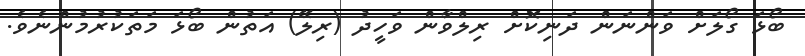
ބޯޅަ ގޯލަށް ވަންނަން ދަނިކޮށް ރިލްވާން ވަހީދު (ރިލޭ) އަތުން ބޯޅަ މަތަކުރުމުންނެވެ.